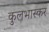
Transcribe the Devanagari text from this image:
कुलभास्कर